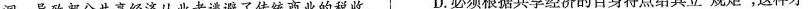
洞，导致部分共享经济从业者逃避了传统商业的税收、D.必须根据共享经济的自身特点给其立”规矩”，这样才